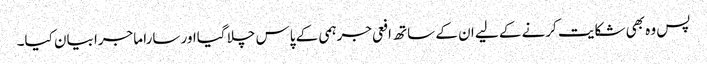
پس وہ بھی شکایت کرنے کے لیے ان کے ساتھ افعی جرہمی کے پاس چلا گیااور سارا ماجرا بیان کیا۔